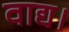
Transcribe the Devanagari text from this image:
वाद्य।